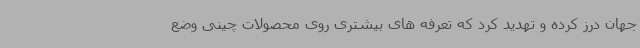
جهان درز کرده و تهدید کرد که تعرفه های بیشتری روی محصولات چینی وضع